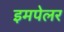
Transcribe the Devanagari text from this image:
इमपेलर